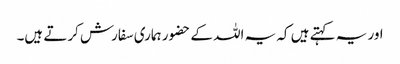
اور یہ کہتے ہیں کہ یہ اللہ کے حضور ہماری سفارش کرتے ہیں۔